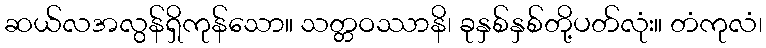
ဆယ်လအလွန်ရှိကုန်သော။ သတ္တဝဿာနိ၊ ခုနှစ်နှစ်တို့ပတ်လုံး။ တံကုလံ၊